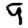
Digit: 9